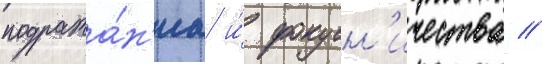
подража́н'иа и́ фокусн'ичества //